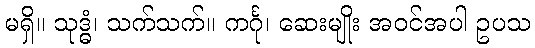
မရှိ။ သုဒ္ဓံ၊ သက်သက်။ ကင်္ဂု၊ ဆေးမျိုး အဝင်အပါ ဥပသ